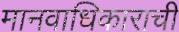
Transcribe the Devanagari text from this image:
मानवाधिकाराची